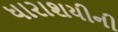
ધારાશયીની